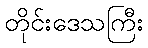
တိုင်းဒေသကြီး